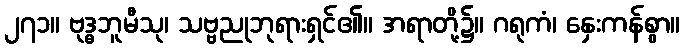
၂၇၁။ ဗုဒ္ဓဘူမီသု၊ သဗ္ဗညုဘုရားရှင်၏။ အရာတို့၌။ ဂရုကံ၊ နှေးကန်စွာ။